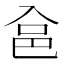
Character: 𱏲